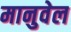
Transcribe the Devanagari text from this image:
मानुवेल